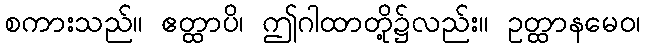
စကားသည်။ ဧတ္ထာပိ၊ ဤဂါထာတို့၌လည်း။ ဥတ္ထာနမေဝ၊